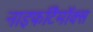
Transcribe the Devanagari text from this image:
नाइफर्टिमॉक्स